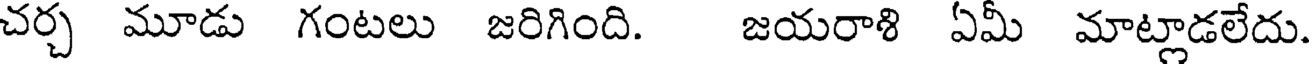
చర్చ మూడు గంటలు జరిగింది. జయరాశి ఏమీ మాట్లాడలేదు.